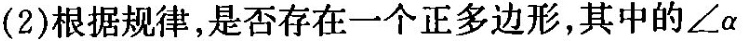
(2)根据规律，是否存在一个正多边形，其中的\angle \alpha